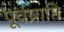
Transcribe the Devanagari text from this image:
पूर्वप्राप्ति